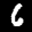
Label: 6